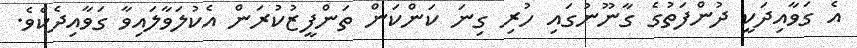
އެ ގަވާއިދަކީ ދުންފަތުގެ ގާނޫނުގައި ހުރި ގިނަ ކަންކަން ތަންފީޒުކުރަން އެކުލަވާލައިވާ ގަވާއިދެކެވެ.